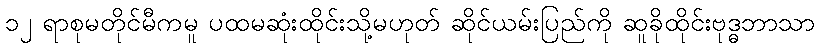
၁၂ ရာစုမတိုင်မီကမူ ပထမဆုံးထိုင်းသို့မဟုတ် ဆိုင်ယမ်းပြည်ကို ဆူခိုထိုင်းဗုဒ္ဓဘာသာ